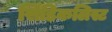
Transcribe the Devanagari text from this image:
सिंडिकलिस्ट